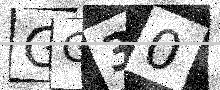
Text: GG30